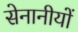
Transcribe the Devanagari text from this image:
सेनानीयों